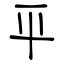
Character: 平